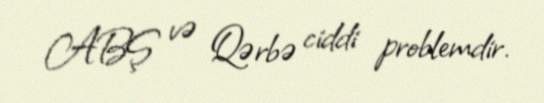
ABŞ və Qərbə ciddi problemdir.